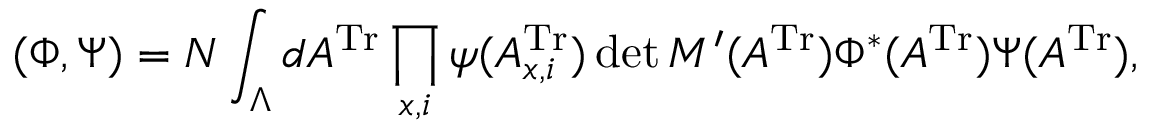
( \Phi , \Psi ) = N \int _ { \Lambda } d A ^ { \mathrm { T r } } \prod _ { x , i } \psi ( A _ { x , i } ^ { \mathrm { T r } } ) \operatorname * { d e t } M ^ { \prime } ( A ^ { \mathrm { T r } } ) \Phi ^ { * } ( A ^ { \mathrm { T r } } ) \Psi ( A ^ { \mathrm { T r } } ) ,